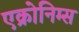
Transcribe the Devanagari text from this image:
एक्रोनिम्स